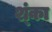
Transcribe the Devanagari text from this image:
श्ंका